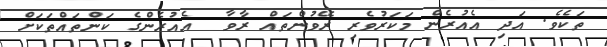
ތަކެވެ. އަދި އެއުރެން މަކަރުވެރި ރޭވުންތައް ރާވާ  އެއުރެންގެ ކަންތައްތަކަށް